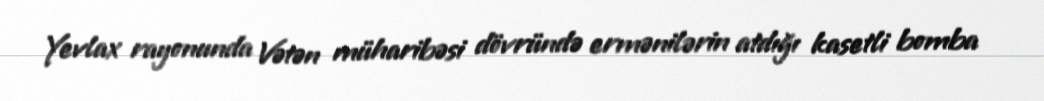
Yevlax rayonunda Vətən müharibəsi dövründə ermənilərin atdığı kasetli bomba